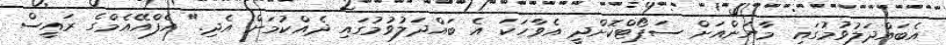
އެބައްދަލުވުމުގައި މާޔަންއަށް ސަޕޯޓްކޮށްދީ އެވާހަކަ އެ ބައްދަލުވުމުގައި ދެއްކުމަށް އެދި." އެފްއޭއެމްގެ ރައީސް